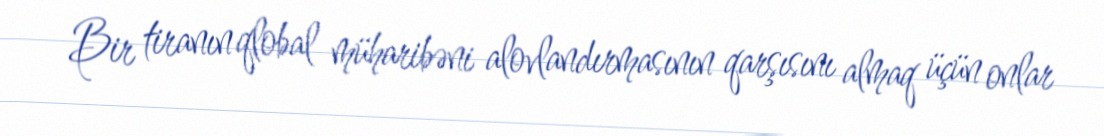
Bir tiranın qlobal müharibəni alovlandırmasının qarşısını almaq üçün onlar